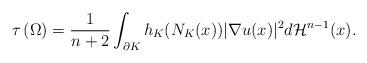
LaTeX: \begin{align*}\tau\left(\Omega\right)=\frac{1}{n+2}\int_{\partial K}h_K(N_K(x))|\nabla u(x)|^2d\mathcal{H}^{n-1}(x).\end{align*}